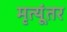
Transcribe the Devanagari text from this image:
मृत्यूंतर